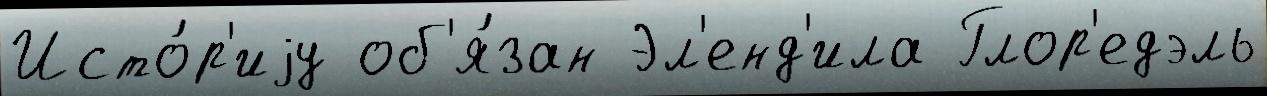
Исто́р'иjу об'я́зан Эл'енд'ила Глор'едэль